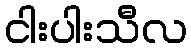
ငါးပါးသီလ